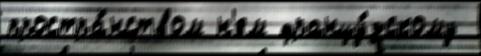
простра́нством н'ем францу́зскому